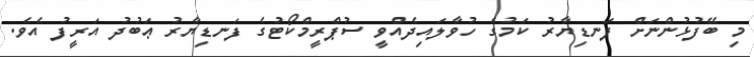
މި ބޭފުޅުންނަށް ފަނޑިޔާރު ކަމުގެ ހުވާލައިދެއްވީ ސުޕްރީމްކޯޓުގެ ފަނޑިޔާރު ޢަބުދު އަރީފު އެވެ.